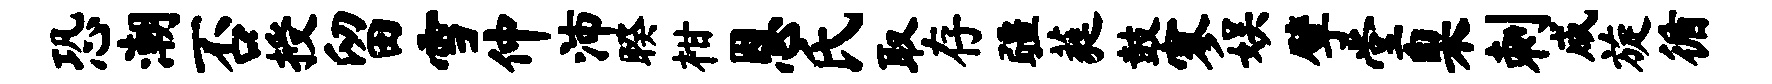
恐潮否授留雪仲沛睽柑恩氏取存疆蕤鼓寥娱擘堂臬刺咸旋循